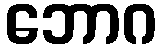
ဘောဂ